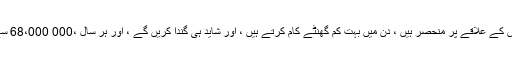
کسان ، اپنی تخصیص کے علاقے پر منحصر ہیں ، دن میں بہت کم گھنٹے کام کرتے ہیں ، اور شاید ہی گندا کریں گے ، اور ہر سال ،000 68،000 سے زیادہ کمائیں گے۔